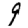
Digit: 9